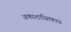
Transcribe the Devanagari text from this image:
अकाशास्तिकाय